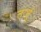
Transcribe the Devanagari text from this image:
तार्तू